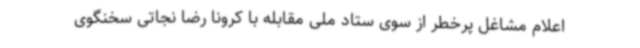
اعلام مشاغل پرخطر از سوی ستاد ملی مقابله با کرونا رضا نجاتی سخنگوی